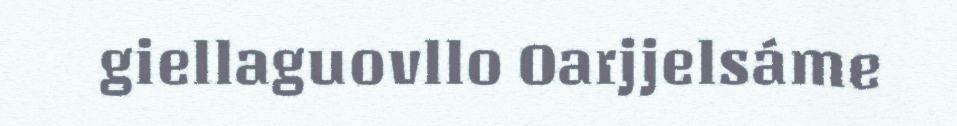
giellaguovllo Oarjjelsáme